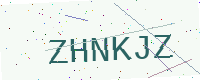
Text: ZHNKJZ